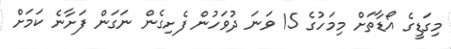
މިގަޑީގެ އޯޑާތަށް މިމަހުގެ 15 ވަނަ ދުވަހުން ފެށިގެން ނަގަން ފަށާނެ ކަމަށް